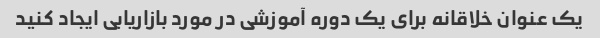
یک عنوان خلاقانه برای یک دوره آموزشی در مورد بازاریابی ایجاد کنید